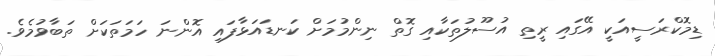
ޑިމޮކްރަސީއަކީ އޭގައި ރީތި އުސޫލުތަކާއި ގޮތް ނިންމުމަށް ކަނޑައަޅާފައި އޮންނަ ހަމަތަކަށް ތަބާވުމެވެ.